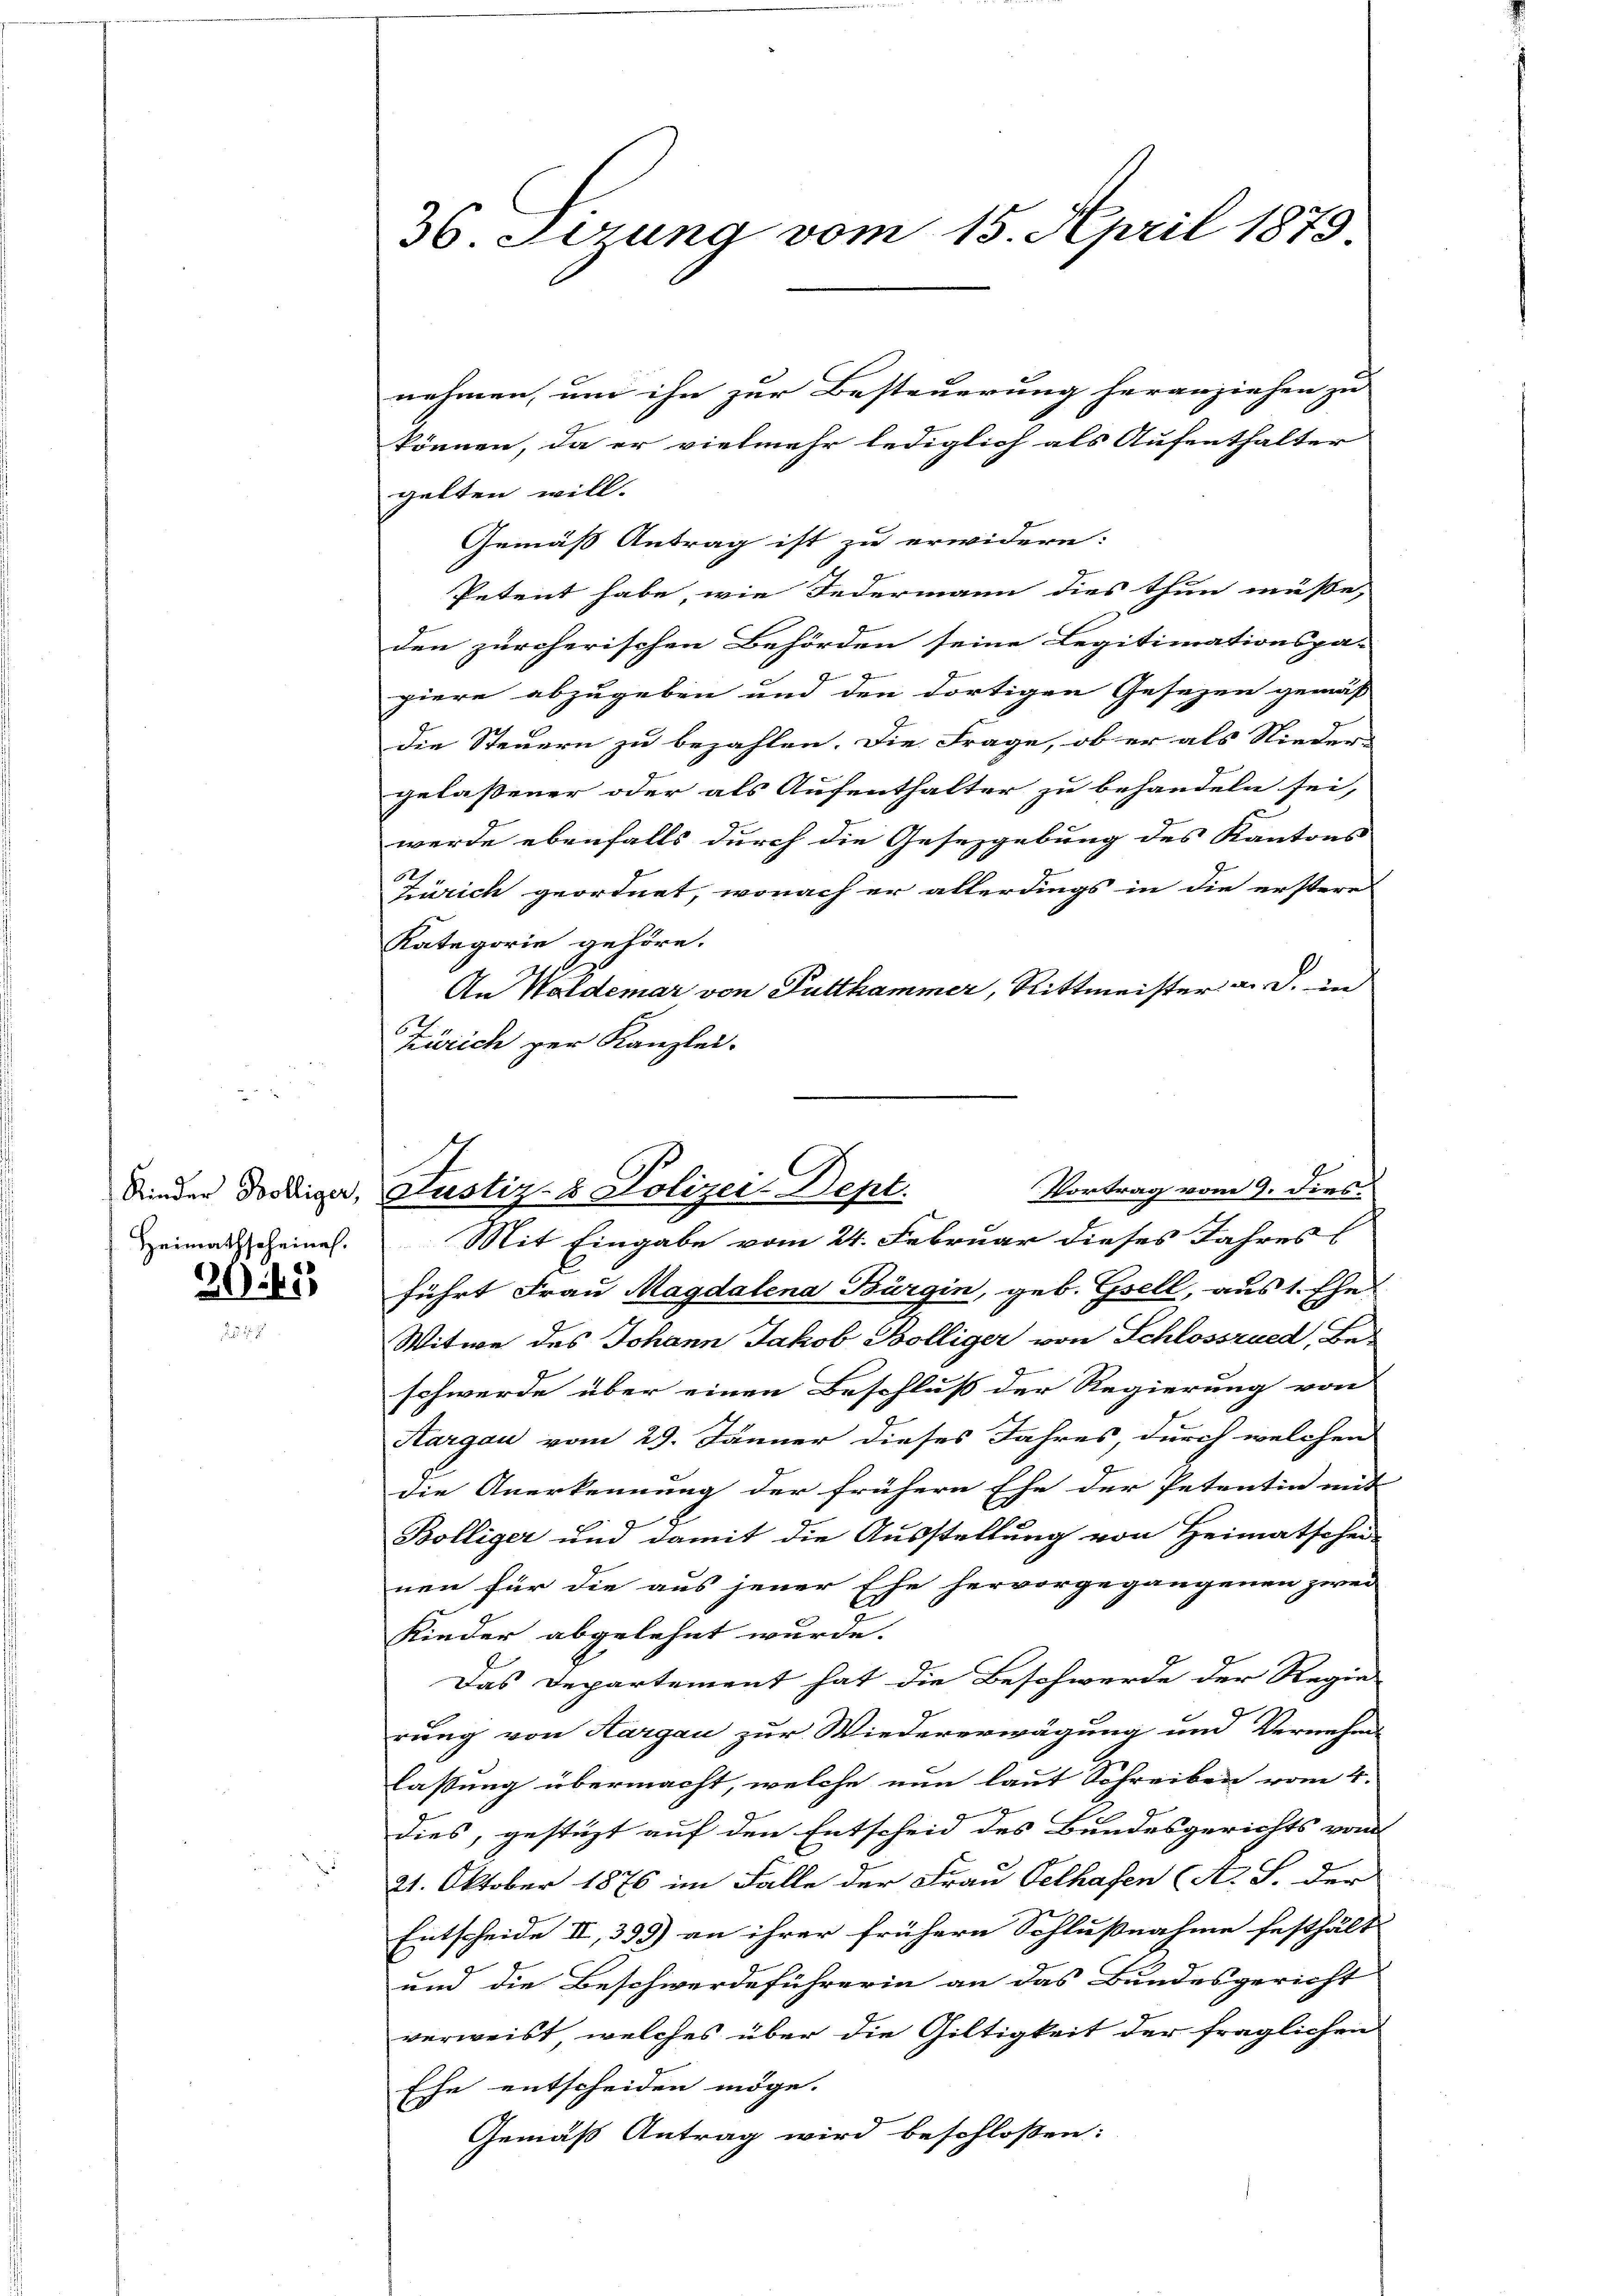
3045

36. Sizung vom 15. April 1873.

nehmen, und ihn zur Besteuerung heranziehen zu |
können, da er vielmehr lediglich als Aufenthalter
gelten will.
Gemäß Antrag ist zu erwidern:
Petent habe, wie Federmann dies thun müße,
den zürcherischen Behörden seine Legitimationspa-
g
piere abzugeben und den dortigen Gesezen gemäß
die Steuern zu bezahlen. Die Frage, ob er als Nieder-
gelaßener oder als Aufenthalter zu behandeln sei,
werde ebenfalls durch die Gesezgebung des Kantons
Zürich geordnet, wonach er allerdings in die erstere
Kategorie gehöre.
An Waldemar von Futthammer, Rittmeister a. d. in
Zürich zur Kanzlei.
Heimatscheinal. Mit Eingabe vom 24. Februar dieses Jahress
führt Frau Magdalena Bürgin, geb. Gsell, aus 1. Ehe
Witwe des Johann Jakob Bölliger von Schlosszued, Beschwerde über einen Beschluß der Regierung von
Hargau vom 29. Jänner dieses Jahres, durch welchen
die Anerkennung der frühern Ehe der Petentin mit |
Bölliger und damit die Ausstellung von Heimatschen
nen für die aus jener Ehe hervorgegangenen zwei
Kinder abgelehnt wurde.
Das Departement hat die Beschwerde der Regie-
rung von Hargau zur Wiedererwägung und Vernehms
lassung übermacht, welche nun laut Schreiben vom 4.
dies, gestüzt auf den Entscheid des Bundesgerichts vom
21. Oktober 1876 im Falle der Frau Velhafen (A. S. der
Entscheide II., 399) an ihrer frühere Schlußnahme festhält
und die Beschwerdeführerin an das Bundesgericht
verweist, welches über die Giltigkeit der fraglichen
Ehe entscheiden möge.
Gemäß Antrag wird beschloßen:

Vortrag vom 9. dies.
binder Distrige, Justiz- & Polizei-Dept.